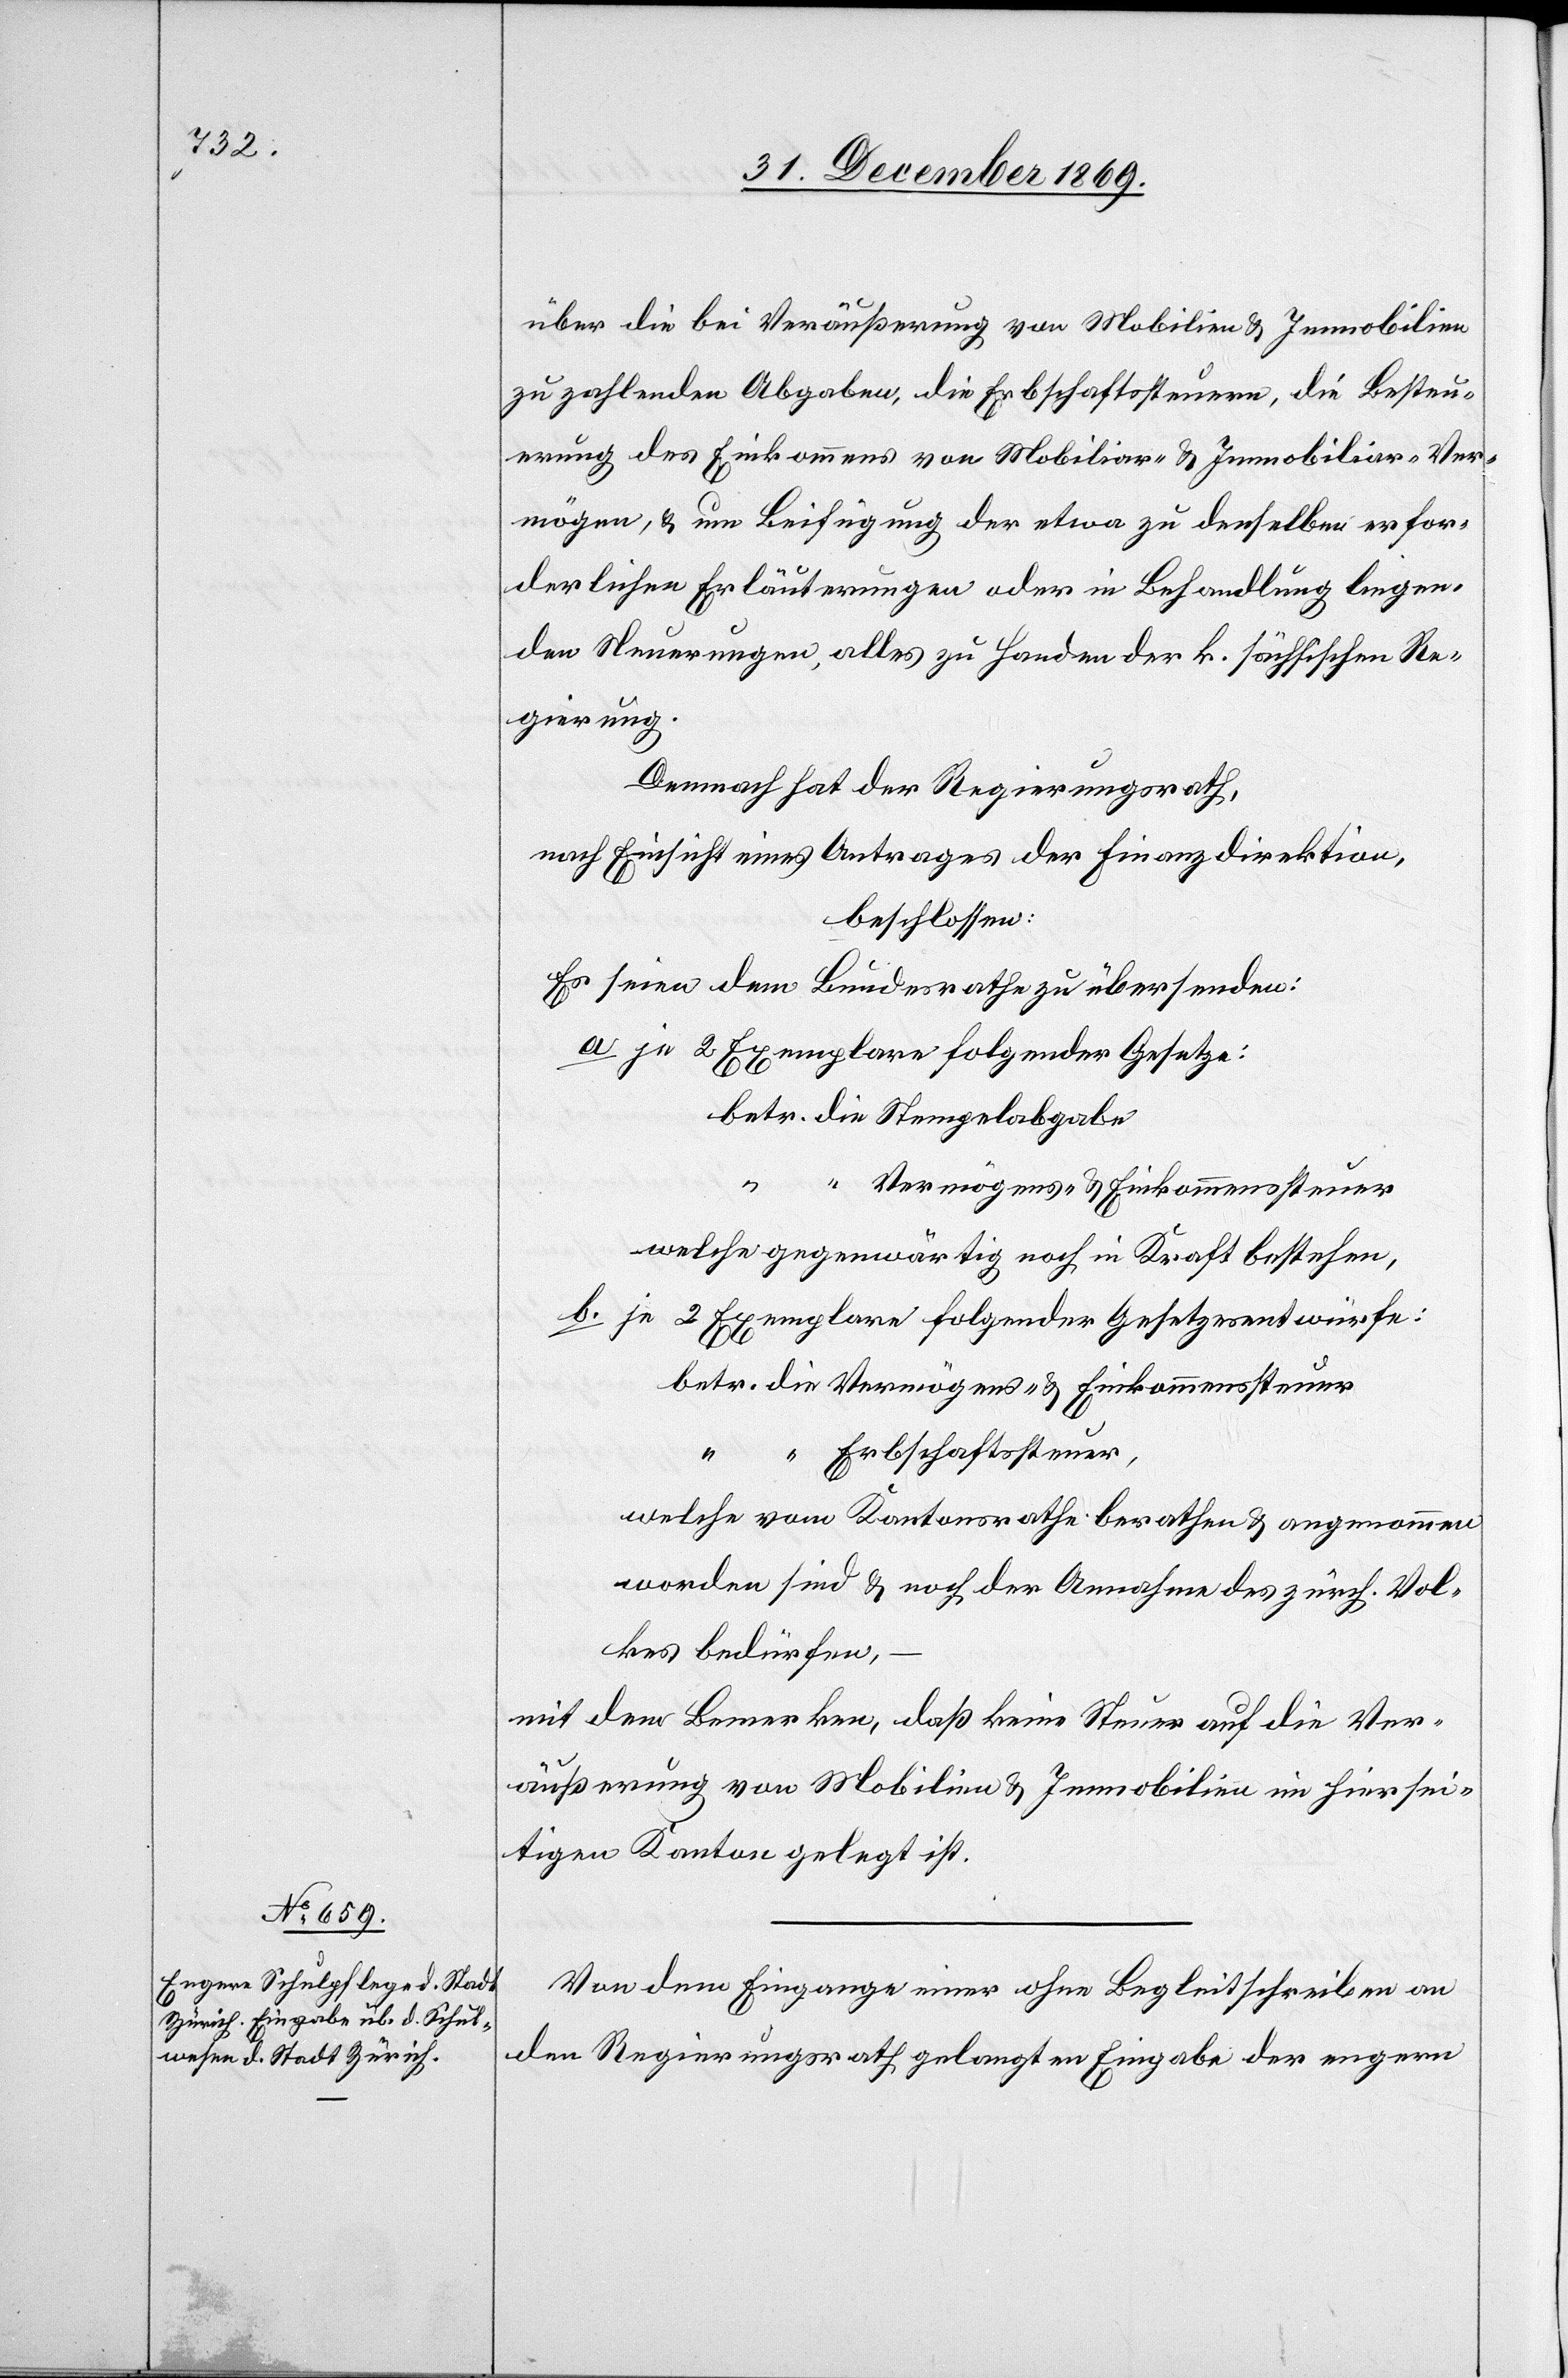
über die bei Veräußerung von Mobilien & Immobilien
zu zahlenden Abgaben, die Erbschaftssteuern, die Besteu¬
erung des Einkommens von Mobiliar- & Immobiliar-Ver¬
mögen, & um Beifügung der etwa zu denselben erfor¬
derlichen Erläuterungen oder in Behandlung liegen¬
den Neuerungen, alles zu Handen der k. sächsischen Re¬
gierung.
Demnach hat der Regierungsrath,
nach Einsicht eines Antrages der Finanzdirektion,
beschlossen:
Es seien dem Bundesrathe zu übersenden:
je 2 Exemplare folgender Gesetze:
betr. die Stempelabgabe
Vermögens- & Einkommenssteuer
welche gegenwärtig noch in Kraft bestehen,
je 2 Exemplare folgender Gesetzesentwürfe:
betr. die Vermögens- & Einkommenssteuer
“
Erbschaftssteuer,
welche vom Kantonsrathe berathen & angenommen
worden sind & noch der Annahme des zürch. Vol¬
kes bedürfen,
mit dem Bemerken, daß keine Steuer auf die Ver¬
äußerung von Mobilien & Immobilien im hiersei¬
tigen Kanton gelegt ist.
Von dem Eingange einer ohne Begleitschreiben an
den Regierungsrath gelangten Eingabe der engern